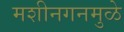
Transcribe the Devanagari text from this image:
मशीनगनमुळे